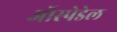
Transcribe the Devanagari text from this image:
ऑस्पेडेल